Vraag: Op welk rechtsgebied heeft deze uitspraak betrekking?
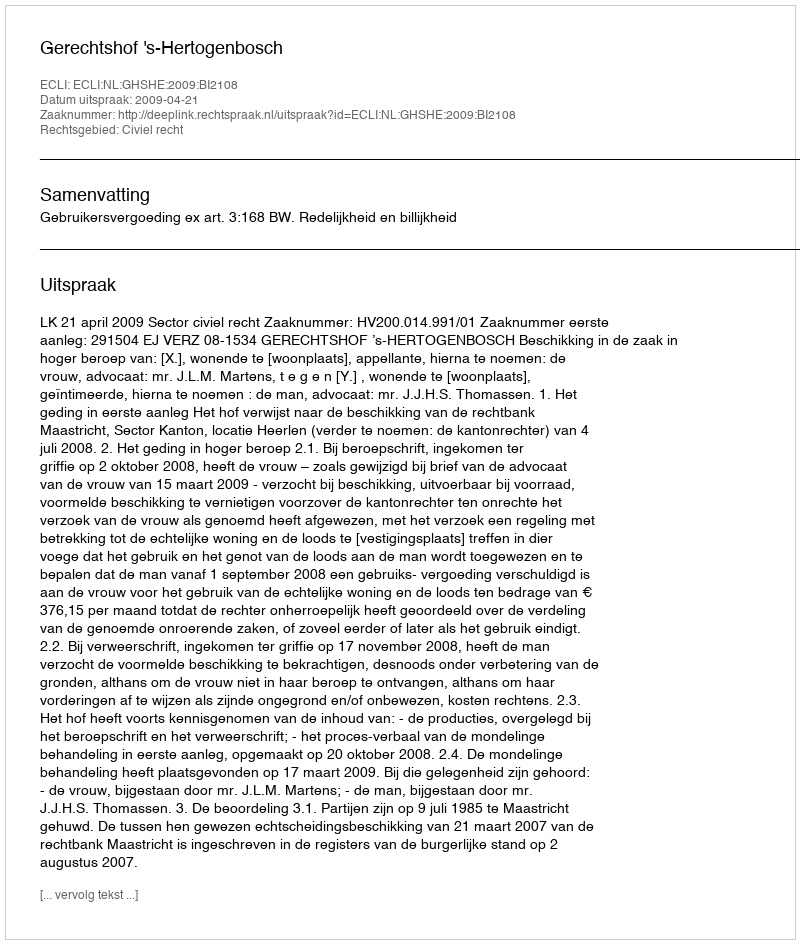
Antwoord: Civiel recht